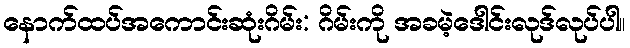
နောက်ထပ်အကောင်းဆုံးဂိမ်း: ဂိမ်းကို အခမဲ့ဒေါင်းလုဒ်လုပ်ပါ။